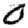
Digit: 0